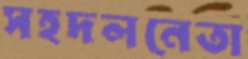
সহদলনেতা